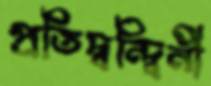
প্রতিদ্বন্দ্বিনী